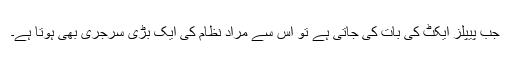
جب پیپلز ایکٹ کی بات کی جاتی ہے تو اس سے مراد نظام کی ایک بڑی سرجری بھی ہوتا ہے۔